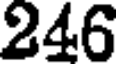
246